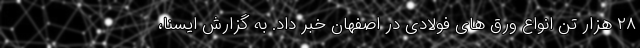
۲۸ هزار تن انواع ورق های فولادی در اصفهان خبر داد. به گزارش ایسنا،